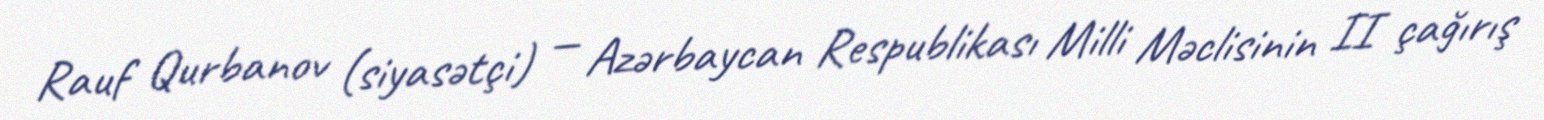
Rauf Qurbanov (siyasətçi) — Azərbaycan Respublikası Milli Məclisinin II çağırış